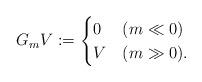
LaTeX: \begin{align*} G_mV:=\begin{cases} 0& (m\ll 0) \\ V& (m\gg 0). \end{cases} \end{align*}